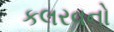
કલરવનો